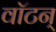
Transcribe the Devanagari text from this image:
वॉटन्